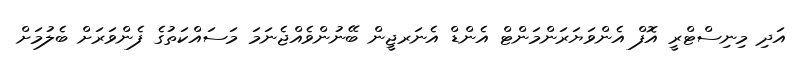
އަދި މިނިސްޓްރީ އޮފް އެންވަޔަރަންމަންޓް އެންޑް އެނަރޖީން ބޭނުންވެއްޖެނަމަ މަސައްކަތުގެ ފެންވަރަށް ބެލުމަށް